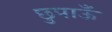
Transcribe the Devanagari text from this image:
छुपाऊँ